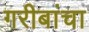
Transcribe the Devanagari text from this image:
गरीबांचा